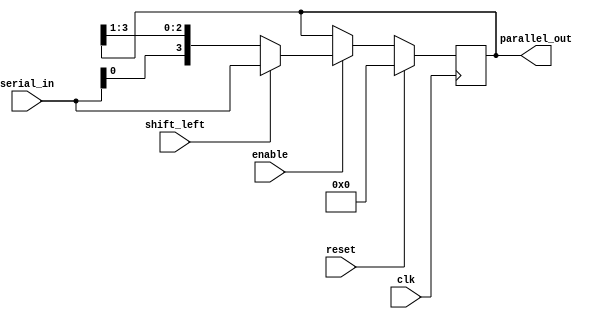
module SIPO_shift_register (
    input wire clk,
    input wire reset,
    input wire enable,
    input wire shift_left,
    input wire [3:0] serial_in,
    output reg [3:0] parallel_out
);

reg [3:0] data;

always @(posedge clk) begin
    if (reset) begin
        data <= 4'b0000;
    end else begin
        if (enable) begin
            if (shift_left) begin
                data <= {data[2:0], serial_in};
            end else begin
                data <= {serial_in, data[3:1]};
            end
        end
    end
end

assign parallel_out = data;

endmodule